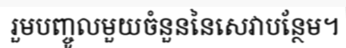
រួមបញ្ចូលមួយចំនួននៃសេវាបន្ថែម។